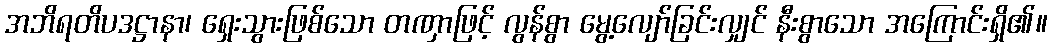
အဘိရတိပဒဋ္ဌာနာ၊ ရှေးသွားဖြစ်သော တဏှာဖြင့် လွန်စွာ မွေ့လျော်ခြင်းလျှင် နီးစွာသော အကြောင်းရှိ၏။